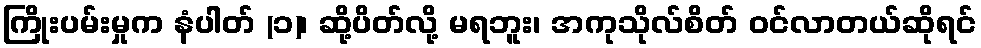
ကြိုးပမ်းမှုက နံပါတ် (၁)၊ ဆို့ပိတ်လို့ မရဘူး၊ အကုသိုလ်စိတ် ဝင်လာတယ်ဆိုရင်